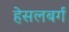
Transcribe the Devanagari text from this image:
हेसलबर्ग